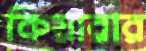
কিয়ারার